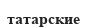
татарские